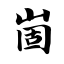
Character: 崮